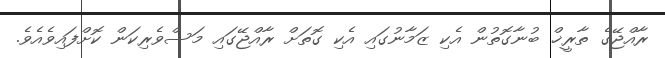
ރާއްޖޭގެ ތާރީޚް ބުނާގޮތުން އެކި ޒަމާނުގައި އެކި ގޮތަށް ރާއްޖޭގައި މަސްވެރިކަން ކޮށްފައިވެއެވެ.